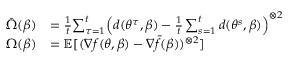
\begin{array} { r l } { \hat { \Omega } ( \beta ) } & { = \frac { 1 } { t } { \sum _ { \tau = 1 } ^ { t } } \Big ( d ( { \theta ^ { \tau } } , \beta ) - \frac { 1 } { t } \sum _ { s = 1 } ^ { t } d ( \theta ^ { s } , \beta ) \Big ) ^ { \otimes 2 } } \\ { \Omega ( \beta ) } & { = { \mathbb E } [ ( \nabla f ( \theta , \beta ) - \nabla { \bar { f } } ( \beta ) ) ^ { \otimes 2 } ] } \end{array}